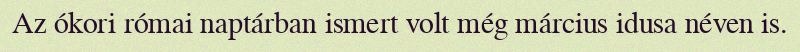
Az ókori római naptárban ismert volt még március idusa néven is.